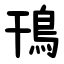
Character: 鳱